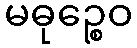
မဓုဉ္စေဝ